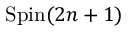
\operatorname { S p i n } ( 2 n + 1 )